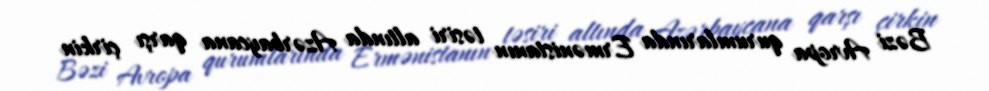
Bəzi Avropa qurumlarında Ermənistanın təsiri altında Azərbaycana qarşı çirkin